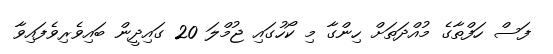
ފަސް ހަފްތާގެ މުއްދަތަށް ހިންގާ މި ކޯހުގައި ޖުމްލަ 20 ގައިދީން ބައިވެރިވެފައިވާ